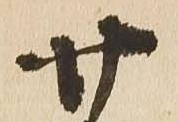
廿